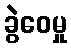
ခွဲဝေမှု